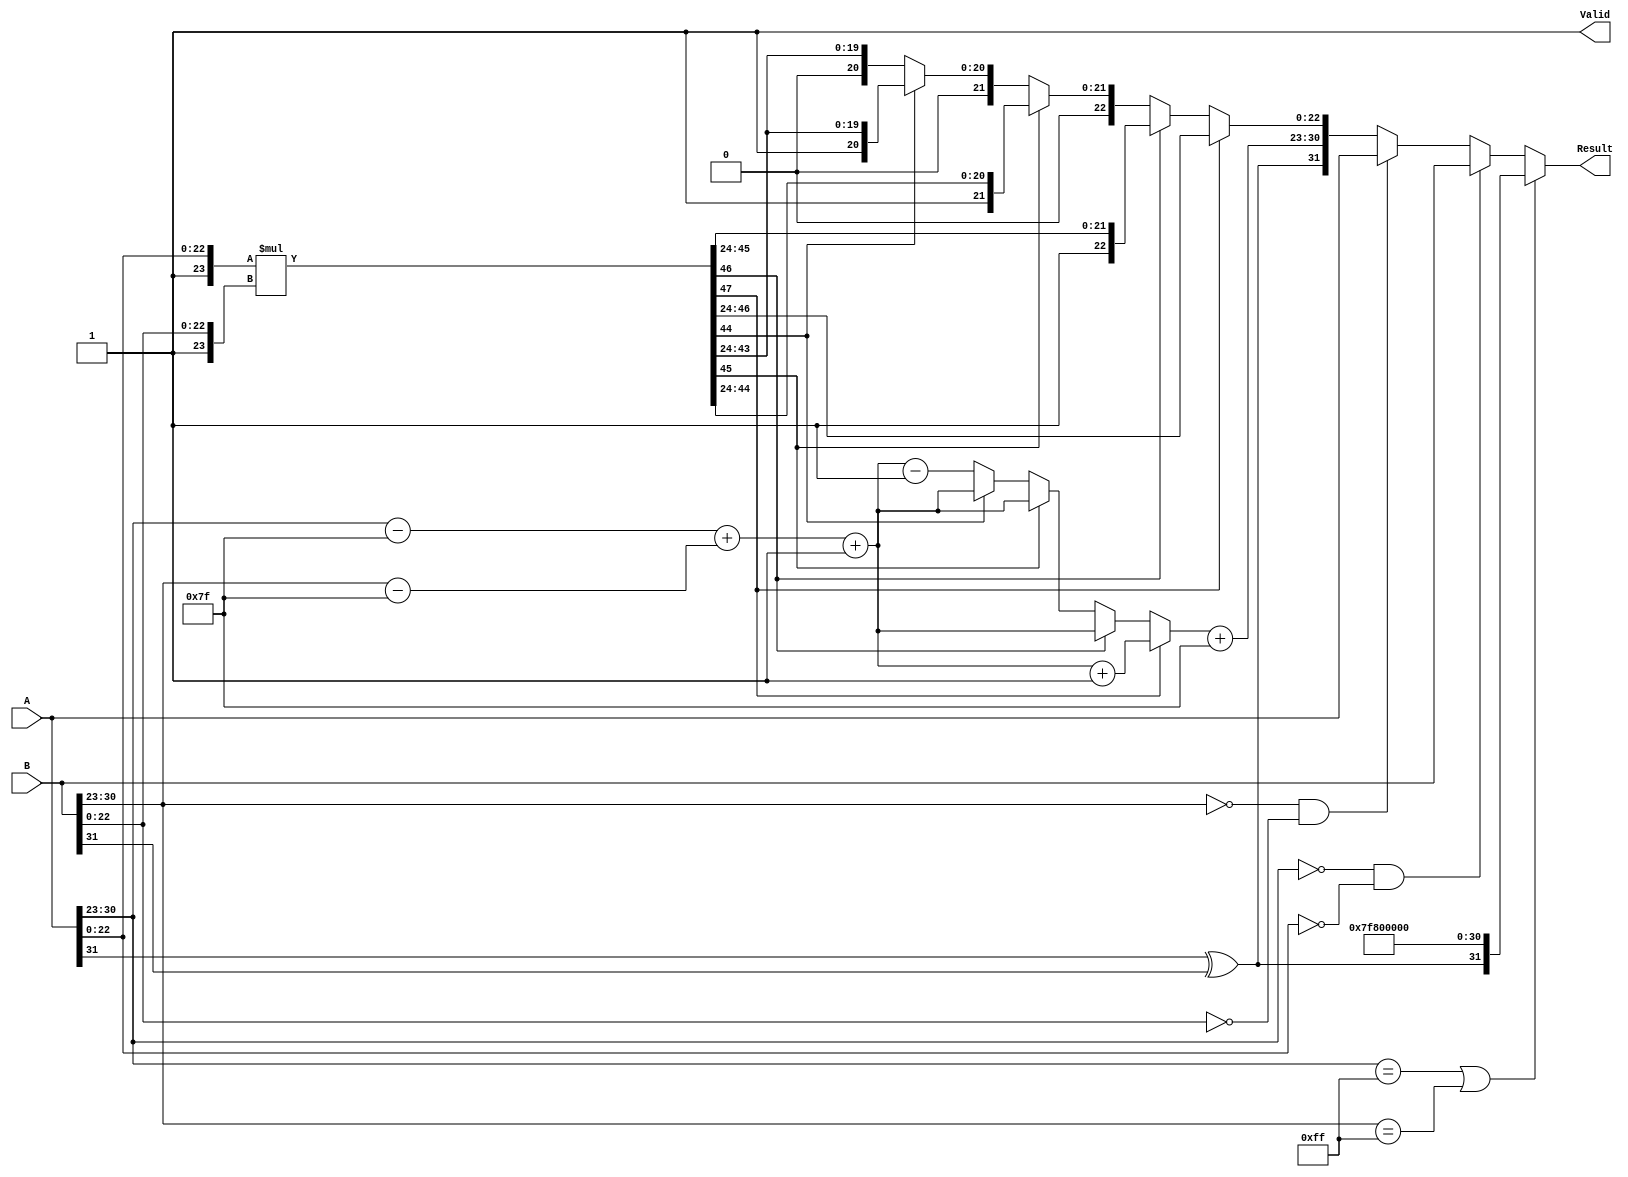
module floating_point_multiplier (
    input  wire [31:0] A,        // Input A
    input  wire [31:0] B,        // Input B
    output reg  [31:0] Result,   // Output Result
    output reg  Valid             // Valid signal
);

    // Constants
    localparam EXPONENT_BIAS = 127;
    localparam EXPONENT_BITS = 8;
    localparam MANTISSA_BITS = 23;

    // Wires for intermediate calculations
    wire signA = A[31];
    wire signB = B[31];
    wire [7:0] expA = A[30:23];
    wire [7:0] expB = B[30:23];
    wire [22:0] mantA = A[22:0];
    wire [22:0] mantB = B[22:0];

    // Sign calculation
    wire result_sign = signA ^ signB;

    // Exponent calculation
    wire [8:0] expA_bias = {1'b0, expA} - EXPONENT_BIAS; // Bias adjustment
    wire [8:0] expB_bias = {1'b0, expB} - EXPONENT_BIAS; // Bias adjustment
    wire [8:0] exp_result = expA_bias + expB_bias + 1; // Add 1 for the implicit leading 1

    // Mantissa calculation with implicit leading 1
    wire [23:0] mantA_norm = {1'b1, mantA}; // Normalize A
    wire [23:0] mantB_norm = {1'b1, mantB}; // Normalize B
    wire [47:0] mant_result = mantA_norm * mantB_norm; // Multiply mantissas

    // Normalization
    wire [23:0] mantissa_out;
    wire [8:0] exp_out;

    // Normalize the mantissa and handle overflow
    wire [47:0] mant_shifted = mant_result;
    reg [8:0] exp_adjusted;

    always @(*) begin
        if (mant_shifted[47]) begin
            // Overflow case
            mantissa_out = mant_shifted[46:24]; // Shift right
            exp_adjusted = exp_result + 1; // Increment exponent
        end else if (mant_shifted[46]) begin
            mantissa_out = mant_shifted[46:24];
            exp_adjusted = exp_result;
        end else if (mant_shifted[45]) begin
            mantissa_out = mant_shifted[45:24];
            exp_adjusted = exp_result;
        end else if (mant_shifted[44]) begin
            mantissa_out = mant_shifted[44:24];
            exp_adjusted = exp_result;
        end else begin
            // Underflow case, shift right until leading 1
            mantissa_out = mant_shifted[43:24];
            exp_adjusted = exp_result - 1; // Decrement exponent
        end
    end

    // Final exponent calculation
    wire [7:0] final_exponent = exp_adjusted + EXPONENT_BIAS;

    // Edge case handling
    always @(*) begin
        if (expA == 8'hFF || expB == 8'hFF) begin
            // If either input is NaN or Inf
            Result = {result_sign, 8'hFF, 23'b0}; // Set to Inf
            Valid = 1'b1;
        end else if (expA == 8'h00 && mantA == 0) begin
            // Zero case for A
            Result = B; // Result is B
            Valid = 1'b1;
        end else if (expB == 8'h00 && mantB == 0) begin
            // Zero case for B
            Result = A; // Result is A
            Valid = 1'b1;
        end else begin
            // Normal case
            Result = {result_sign, final_exponent[7:0], mantissa_out[22:0]};
            Valid = 1'b1;
        end
    end

endmodule